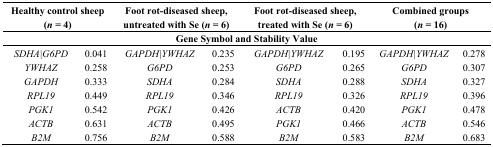
<table><thead><tr><td colspan="2"><b>Healthy control sheep (<i>n</i> = 4)</b></td><td colspan="2"><b>Foot rot-diseased sheep, untreated with Se (<i>n</i> = 6)</b></td><td colspan="2"><b>Foot rot-diseased sheep, treated with Se (<i>n</i> = 6)</b></td><td colspan="2"><b>Combined groups (<i>n</i> = 16)</b></td></tr><tr><td colspan="8"><b>Gene Symbol and Stability Value</b></td></tr></thead><tbody><tr><td><i>SDHA|G6PD</i></td><td>0.041</td><td><i>GAPDH|YWHAZ</i></td><td>0.235</td><td><i>GAPDH|YWHAZ</i></td><td>0.195</td><td><i>GAPDH|YWHAZ</i></td><td>0.278</td></tr><tr><td><i>YWHAZ</i></td><td>0.258</td><td><i>G6PD</i></td><td>0.253</td><td><i>G6PD</i></td><td>0.265</td><td><i>G6PD</i></td><td>0.307</td></tr><tr><td><i>GAPDH</i></td><td>0.333</td><td><i>SDHA</i></td><td>0.284</td><td><i>SDHA</i></td><td>0.288</td><td><i>SDHA</i></td><td>0.327</td></tr><tr><td><i>RPL19</i></td><td>0.449</td><td><i>RPL19</i></td><td>0.346</td><td><i>RPL19</i></td><td>0.326</td><td><i>RPL19</i></td><td>0.396</td></tr><tr><td><i>PGK1</i></td><td>0.542</td><td><i>PGK1</i></td><td>0.426</td><td><i>ACTB</i></td><td>0.420</td><td><i>PGK1</i></td><td>0.478</td></tr><tr><td><i>ACTB</i></td><td>0.631</td><td><i>ACTB</i></td><td>0.495</td><td><i>PGK1</i></td><td>0.466</td><td><i>ACTB</i></td><td>0.546</td></tr><tr><td><i>B2M</i></td><td>0.756</td><td><i>B2M</i></td><td>0.588</td><td><i>B2M</i></td><td>0.583</td><td><i>B2M</i></td><td>0.683</td></tr></tbody></table>